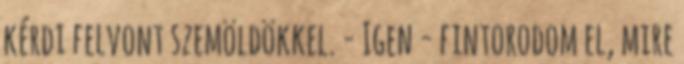
kérdi felvont szemöldökkel. - Igen - fintorodom el, mire